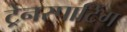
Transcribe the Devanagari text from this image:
ट्रेनस्पाटिंग